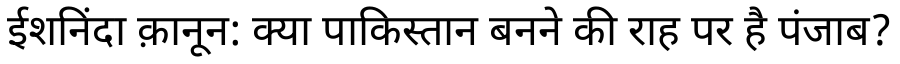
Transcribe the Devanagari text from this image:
ईशनिंदा क़ानून: क्या पाकिस्तान बनने की राह पर है पंजाब?